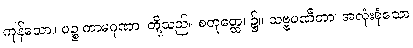
ကုန်သော။ ပဉ္စ ကာမဂုဏာ၊ တို့သည်။ စတုတ္ထေ၊ ၌။ သဗ္ဗပဏီတာ၊ အလုံးစုံသော